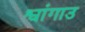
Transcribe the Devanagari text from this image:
श्वांगाउ